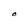
Character: o